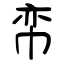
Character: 帟